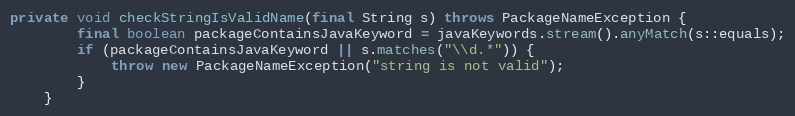
Language: Java
private void checkStringIsValidName(final String s) throws PackageNameException {
        final boolean packageContainsJavaKeyword = javaKeywords.stream().anyMatch(s::equals);
        if (packageContainsJavaKeyword || s.matches("\\d.*")) {
            throw new PackageNameException("string is not valid");
        }
    }